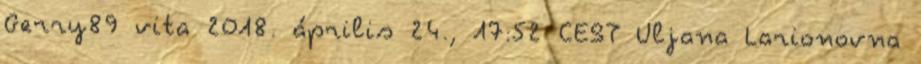
Gerry89 vita 2018. április 24., 17:52 CEST Uljana Larionovna